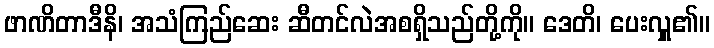
ဖာဏိတာဒီနိ၊ အသံကြည်ဆေး ဆီတင်လဲအစရှိသည်တို့ကို။ ဒေတိ၊ ပေးလှူ၏။